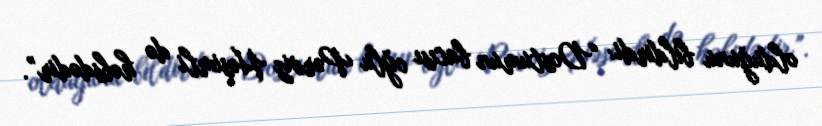
olduğunu bildirdi: “Dostumun bacısı oğlu Pərviz Həşimli də həbsdədir”.